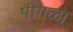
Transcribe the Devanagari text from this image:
पींगळा